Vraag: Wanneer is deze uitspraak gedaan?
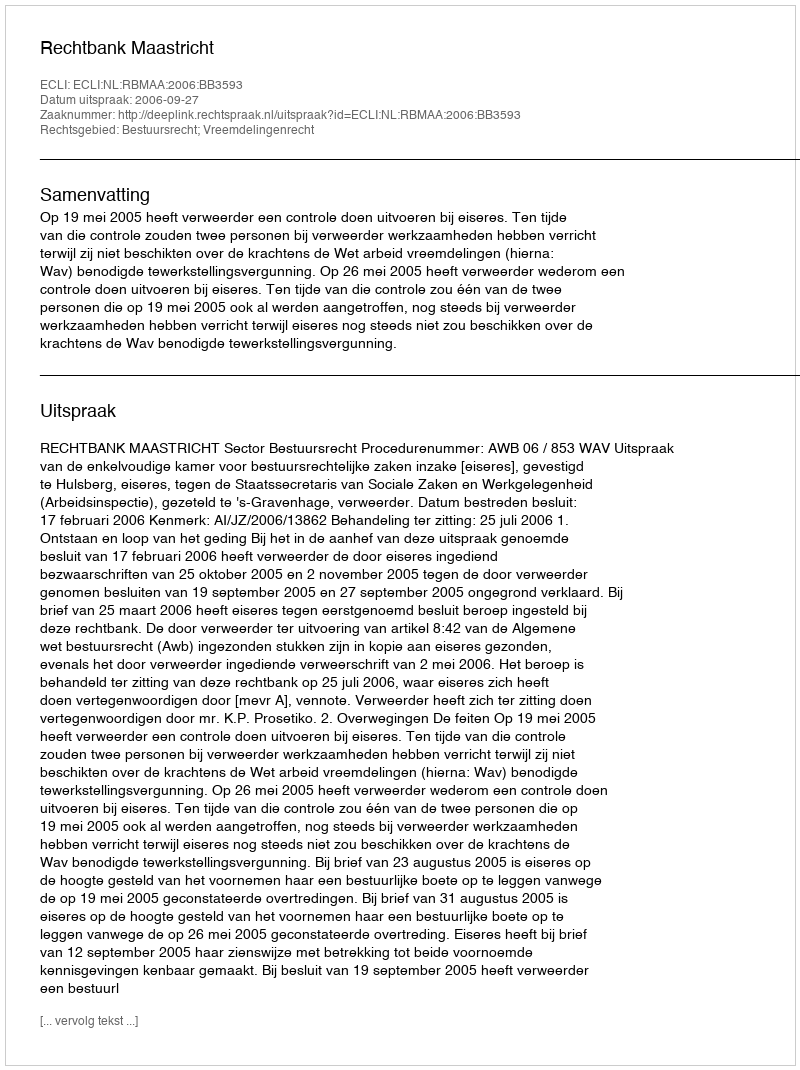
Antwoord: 2006-09-27